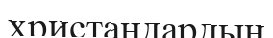
христандардың